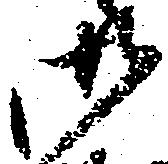
御